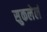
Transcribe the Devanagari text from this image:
सुकलेलं